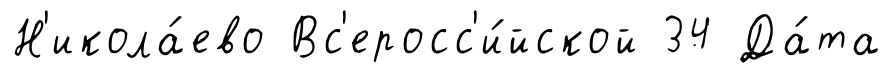
Н'икола́ево Вс'еросс'и́йской 34 Да́та